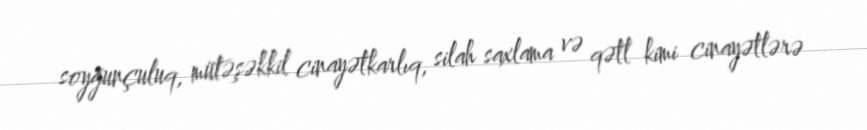
soyğunçuluq, mütəşəkkil cinayətkarlıq, silah saxlama və qətl kimi cinayətlərə